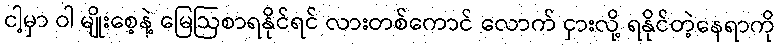
ငါ့မှာ ဝါ မျိုးစေ့နဲ့ မြေဩစာရနိုင်ရင် လားတစ်ကောင် လောက် ငှားလို့ ရနိုင်တဲ့နေရာကို